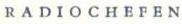
RADIOCHEFEN